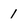
Character: 1